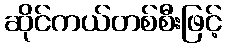
ဆိုင်ကယ်တစ်စီးဖြင့်